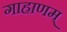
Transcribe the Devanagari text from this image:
गाहाणम्